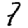
Digit: 7